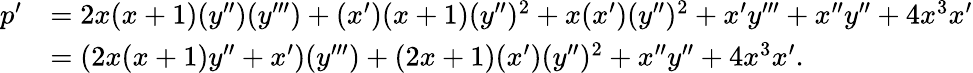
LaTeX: \begin{array}{rl}{p^{\prime}}&{=2x(x+1)(y^{\prime\prime})(y^{\prime\prime\prime})+(x^{\prime})(x+1)(y^{\prime\prime})^{2}+x(x^{\prime})(y^{\prime\prime})^{2}+x^{\prime}y^{\prime\prime\prime}+x^{\prime\prime}y^{\prime\prime}+4x^{3}x^{\prime}}\\ &{=(2x(x+1)y^{\prime\prime}+x^{\prime})(y^{\prime\prime\prime})+(2x+1)(x^{\prime})(y^{\prime\prime})^{2}+x^{\prime\prime}y^{\prime\prime}+4x^{3}x^{\prime}.}\end{array}